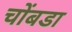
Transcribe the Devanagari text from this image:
चोंबडा